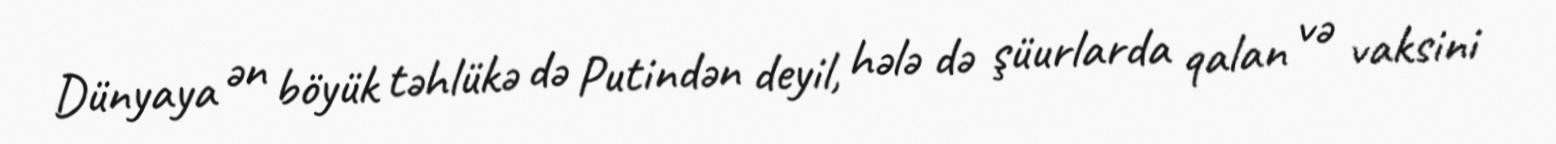
Dünyaya ən böyük təhlükə də Putindən deyil, hələ də şüurlarda qalan və vaksini